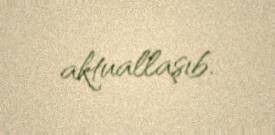
aktuallaşıb.